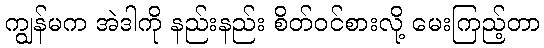
ကျွန်မက အဲဒါကို နည်းနည်း စိတ်ဝင်စားလို့ မေးကြည့်တာ